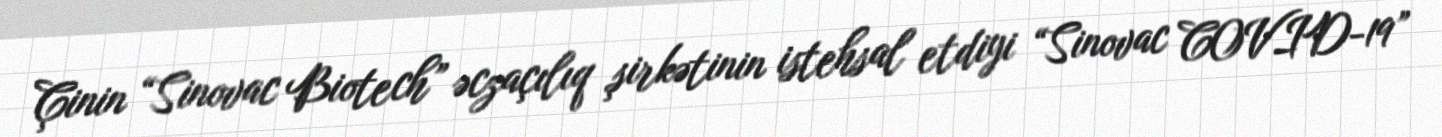
Çinin “Sinovac Biotech” əczaçılıq şirkətinin istehsal etdiyi “Sinovac COVID-19”